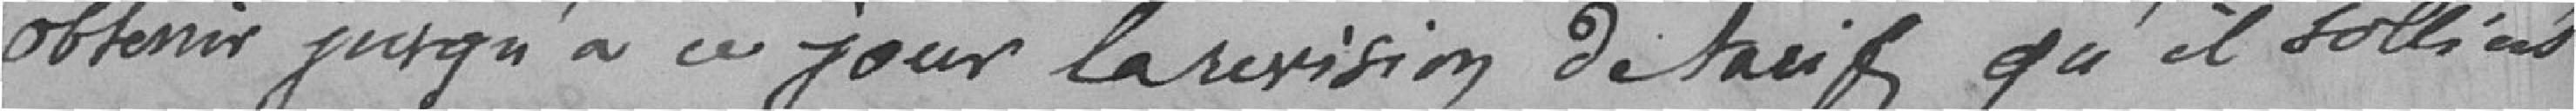
obtenir jusqu'à ce jour la révision de tarifs qu'il sollicitait